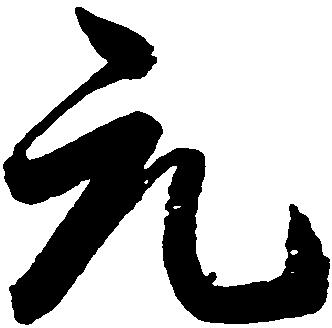
元